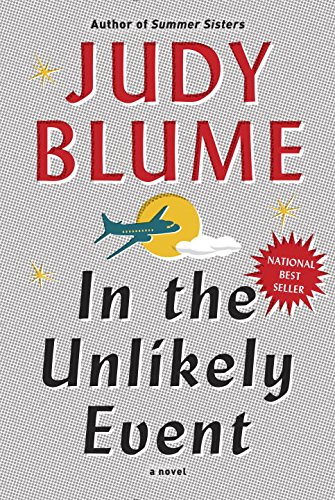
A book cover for In the Unlikely Event; Judy Blume; Literature & Fiction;